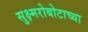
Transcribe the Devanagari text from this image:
सुक्ष्मरोबोटाच्या